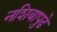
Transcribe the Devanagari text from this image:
नशिबापुढे